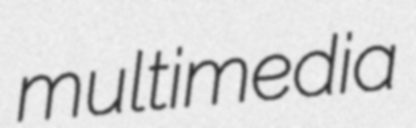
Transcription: multimedia